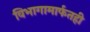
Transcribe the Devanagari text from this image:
विभागामार्फतही